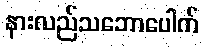
နားလည်သဘောပေါက်